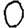
Digit: 0